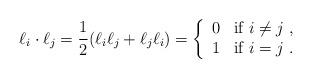
LaTeX: \begin{align*}\ell_i \cdot \ell_j =\frac{1}{2}(\ell_i \ell_j + \ell_j \ell_i )=\left\{\begin{array}{ll}0 & \textrm{if } i\ne j \ , \\1 & \textrm{if } i=j \ . \end{array}\right.\end{align*}